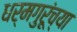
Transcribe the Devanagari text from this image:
धर्मगुरूंच्या